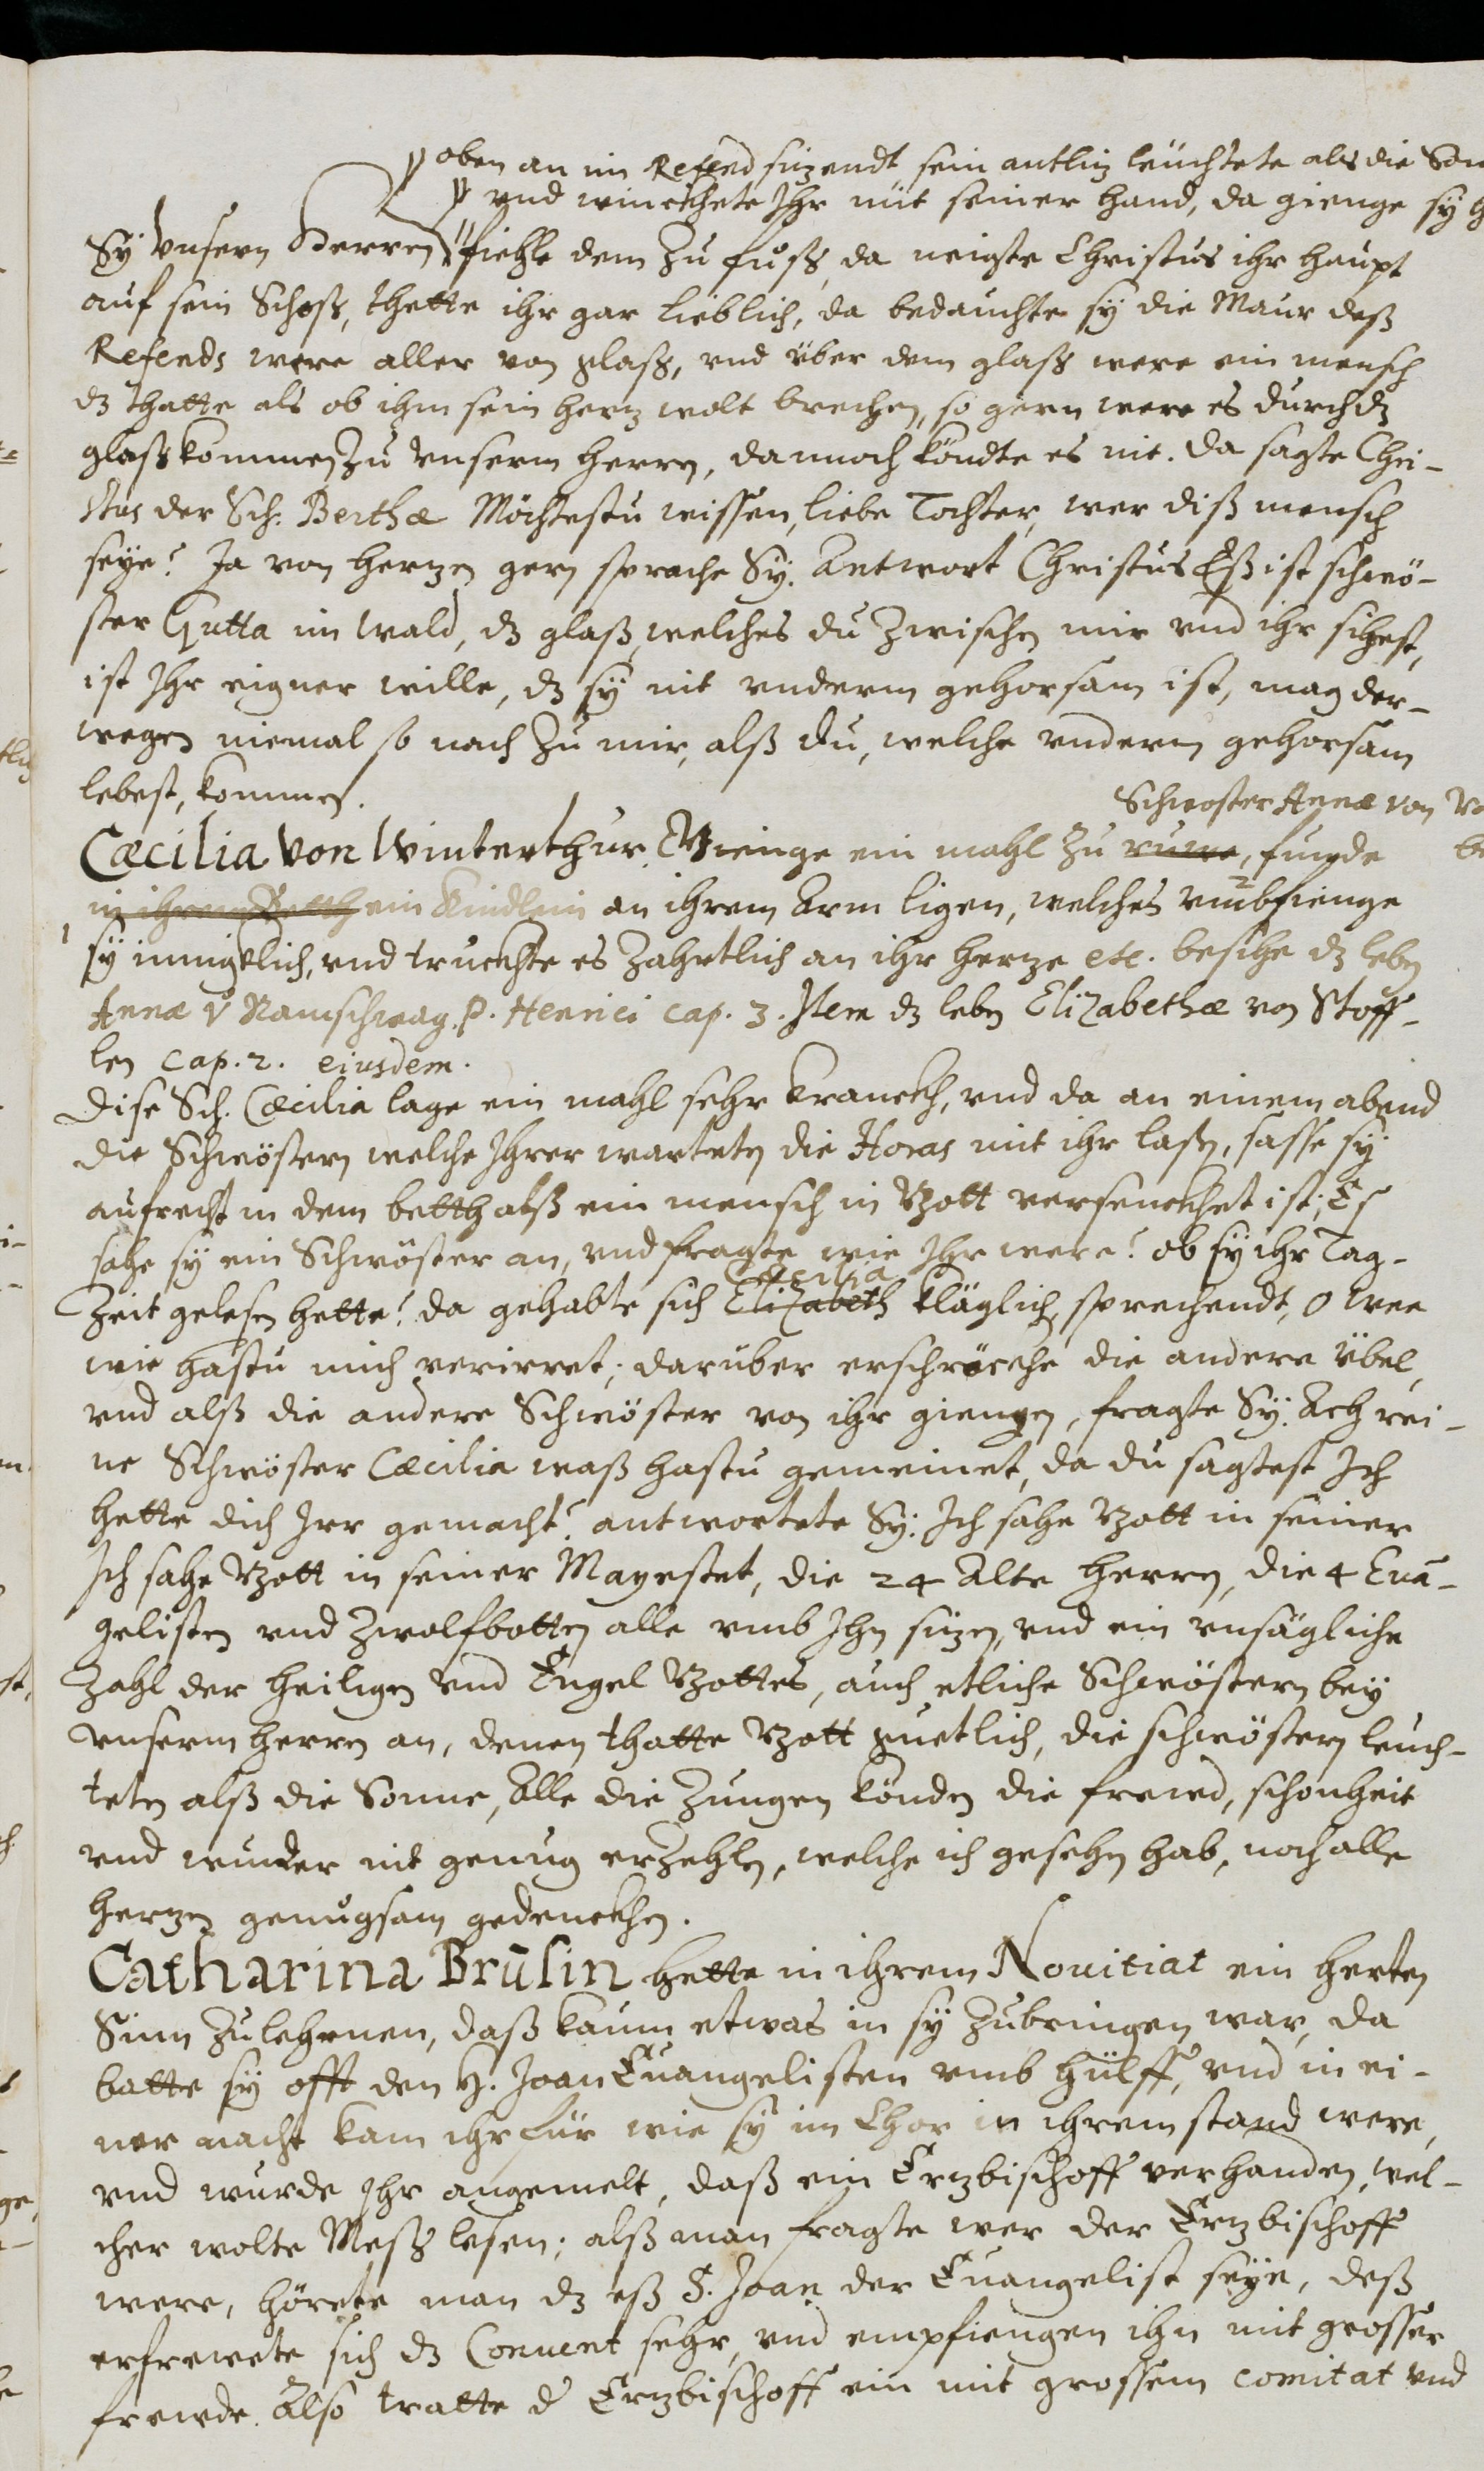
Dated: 1614–1638